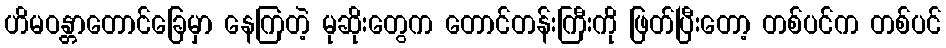
ဟိမဝန္တာတောင်ခြေမှာ နေကြတဲ့ မုဆိုးတွေက တောင်တန်းကြီးကို ဖြတ်ပြီးတော့ တစ်ပင်က တစ်ပင်